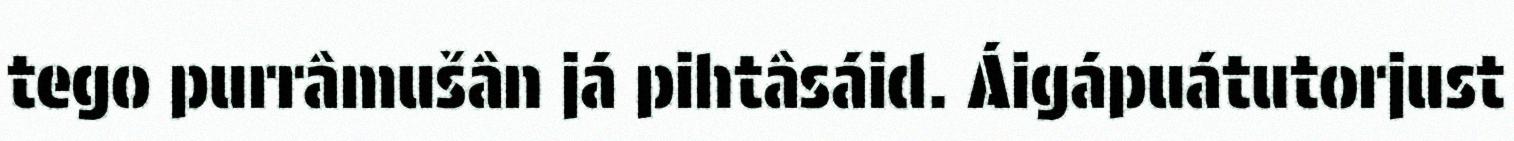
tego purrâmušân já pihtâsáid. Áigápuátutorjust